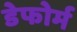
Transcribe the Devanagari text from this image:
डेफोर्म